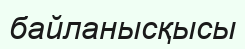
байланысқысы